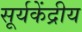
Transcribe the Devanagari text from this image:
सूर्यकेंद्रीय